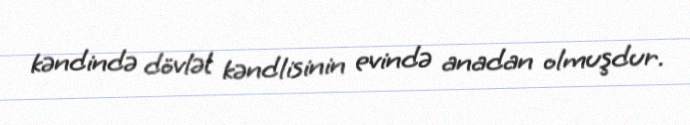
kəndində dövlət kəndlisinin evində anadan olmuşdur.